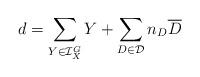
LaTeX: \begin{align*}d=\sum_{Y\in \mathcal{I}_X^G} Y + \sum_{D\in \mathcal{D}} n_D \overline{D}\end{align*}